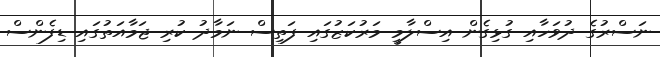
ނަސްރުގެ ދުވަހާއި ގުޅިގެން އިސްލާމީ މަރުކަޒުގައި ފަތިސް ނަމާދު ކުރި ޖަމާއަތުގައި ޑިފެންސް